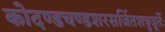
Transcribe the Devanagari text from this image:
कोदण्डचण्डशरसर्जितशत्रुजूर्तेः